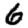
Digit: 6